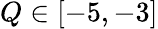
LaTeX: Q\in[-5,-3]